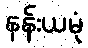
နန်းယမုံ